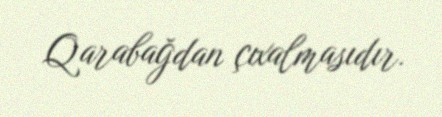
Qarabağdan çıxalmasıdır.